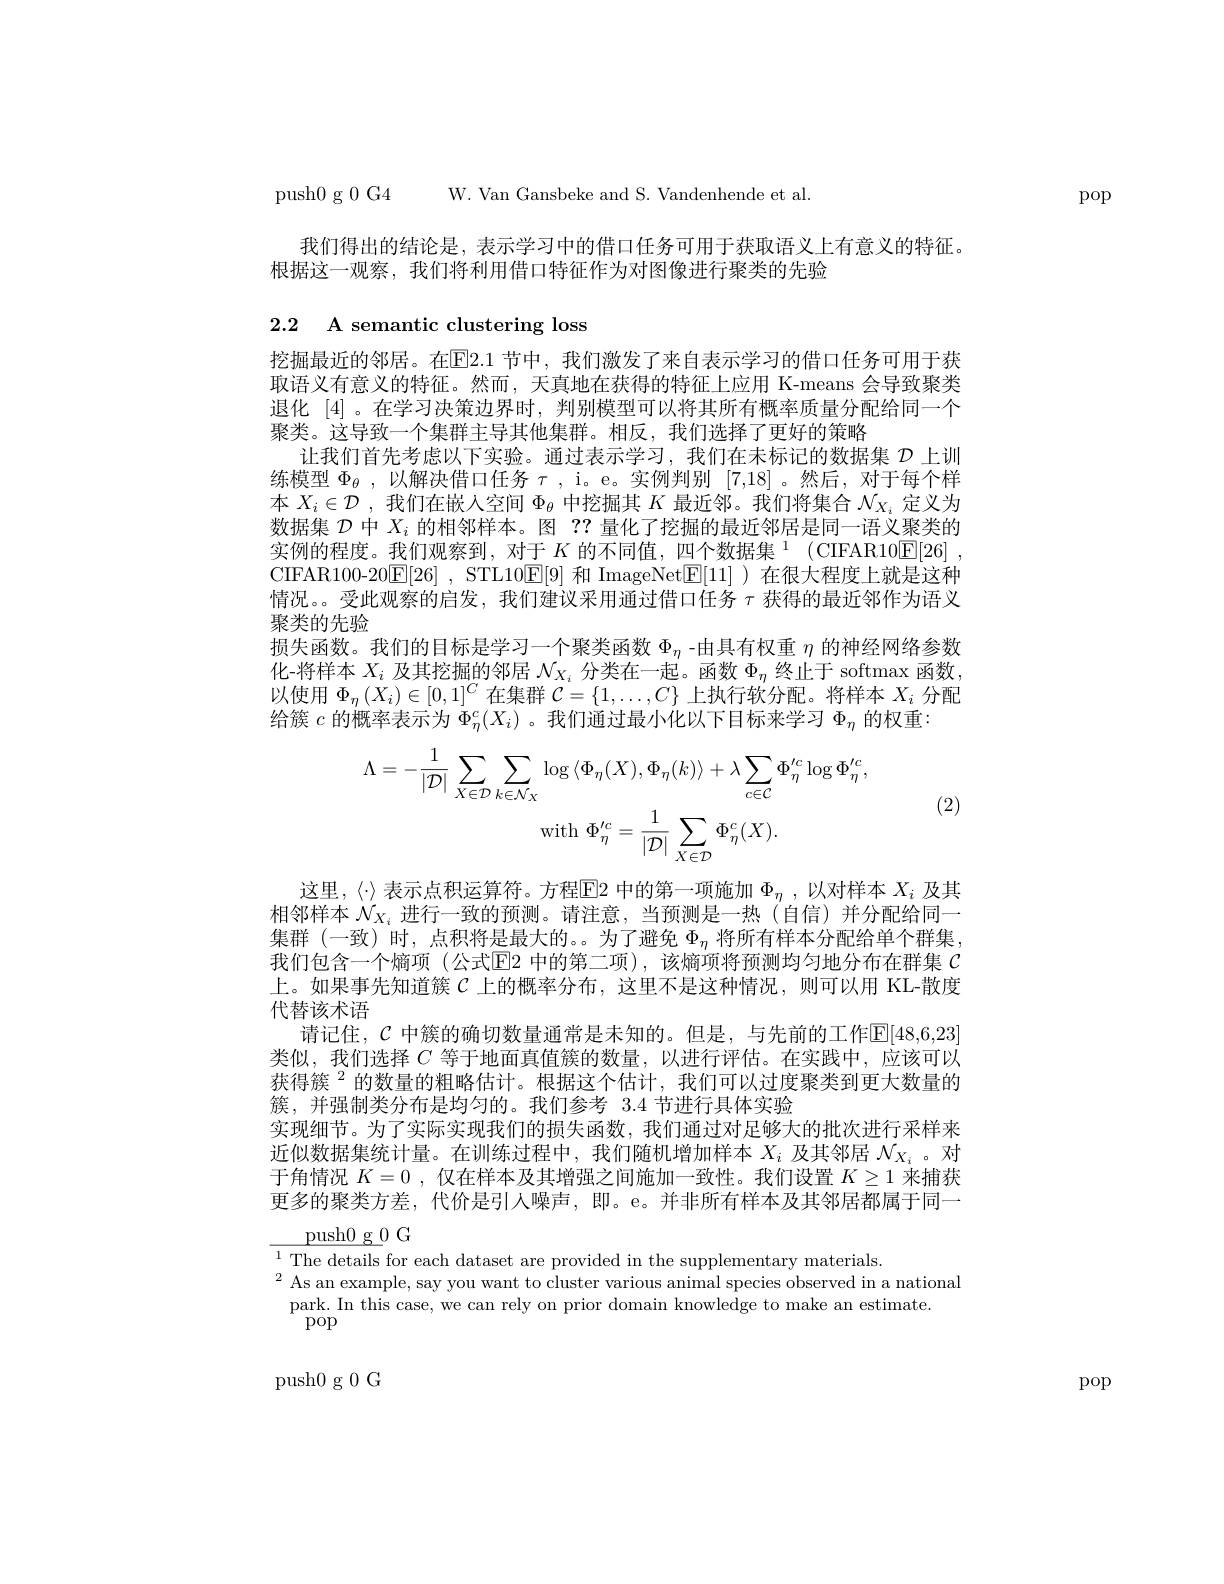
pop

push0 g 0 G4 W. Van Gansbeke and S. Vandenhende et al.

我们得出的结论是，表示学习中的借口任务可用于获取语义上有意义的特征。
根据这一观察，我们将利用借口特征作为对图像进行聚类的先验

2.2 A semantic clustering loss

挖掘最近的邻居。在E2.1 节中，我们激发了来自表示学习的借口任务可用于获取语义有意义的特征。然而，天真地在获得的特征上应用 K-means 会导致聚类退化 [4]。在学习决策边界时，判别模型可以将其所有概率质量分配给同一个聚类。这导致一个集群主导其他集群。相反，我们选择了更好的策略
让我们首先考虑以下实验。通过表示学习，我们在未标记的数据集$\mathcal{D}$上训练模型$\Phi_\theta$,以解决借口任务$\tau$, i。e。实例判别[7,18] 。然后，对于每个样本$X_i\in\mathcal{D}$ ,我们在嵌人空间$\Phi_\theta$中挖掘其$K$最近邻。我们将集合$\mathcal{N}_X_i$定义为数据集$\mathcal{D}$中$X_i$的相邻样本。图？?量化了挖掘的最近邻居是同一语义聚类的实例的程度。我们观察到，对于$K\text{ 的不同值，四个数据集}^{1}($CIFAR10$\boxed{\mathrm{E} }[ 26]$ , CIFAR100-20$\underline{\mathrm{E}}[26]$, STL10$\underline{\mathrm{E}}[9]$和 ImageNet$\underline{\mathrm{E}}[11]$ )在很大程度上就是这种情况。。受此观察的启发，我们建议采用通过借口任务$\tau$获得的最近邻作为语义聚类的先验
损失函数。我们的目标是学习一个聚类函数$\Phi_\mathrm{\eta}$ -由具有权重$\eta$的神经网络参数化-将样本$X_i$及其挖掘的邻居$\mathcal{N}_X_i$分类在一起。函数$\Phi_\eta$终止于 softmax 函数以使用$\Phi_\eta\left(X_i\right)\in[0,1]^C$在集群$\mathcal{C}=\{1,\ldots,C\}$上执行软分配。将样本$X_i$分配给簇$c$的概率表示为$\Phi_\eta^c(X_i)$ 。我们通过最小化以下目标来学习$\Phi_\eta$的权重：

(2)
$$\Lambda=-\frac{1}{|\mathcal{D}|}\sum_{X\in\mathcal{D}}\sum_{k\in\mathcal{N}_{X}}\log\langle\Phi_{\eta}(X),\Phi_{\eta}(k)\rangle+\lambda\sum_{c\in\mathcal{C}}\Phi_{\eta}^{\prime c}\log\Phi_{\eta}^{\prime c},\\\mathrm{with}\:\Phi_{\eta}^{\prime c}=\frac{1}{|\mathcal{D}|}\sum_{X\in\mathcal{D}}\Phi_{\eta}^{c}(X).$$
这里，〈$\cdot〉表示点积运算符。方程▣2 中的第一项施加 Φ_{\eta},以对样本 X_{i} 及其$ 相邻样本$\mathcal{N}_{X_i}$进行一致的预测。请注意，当预测是一热(自信)并分配给同一集群 (一致) 时，点积将是最大的。。为了避免$\Phi_\eta$将所有样本分配给单个群集， 我们包含一个熵项(公式$\overline{\mathrm{E}}$2 中的第二项),该熵项将预测均匀地分布在群集 $\mathcal{C}$ 上。如果事先知道簇$C$ 上的概率分布，这里不是这种情况，则可以用 KL-散度代替该术语
请记住，$\mathcal{C}$ 中簇的确切数量通常是未知的。但是，与先前的工作$\mathbb{E}[48,6,23]$ 类似，我们选择$C$等于地面真值簇的数量，以进行评估。在实践中，应该可以获得簇$^{2}$的数量的粗略估计。根据这个估计，我们可以过度聚类到更大数量的簇，并强制类分布是均匀的。我们参考 3.4 节进行具体实验
实现细节。为了实际实现我们的损失函数，我们通过对足够大的批次进行采样来近似数据集统计量。在训练过程中，我们随机增加样本$X_i$及其邻居$\mathcal{N}_{X_i}$ 。对于角情况$K=0$ ,仅在样本及其增强之间施加一致性。我们设置$K\geq1$来捕获更多的聚类方差，代价是引入噪声，即。e。并非所有样本及其邻居都属于同一

$\underline{\text{push}0\:\text{g }0\:\text{G}}$
$^{1}$The details for each dataset are provided in the supplementary materials.
$^{2}$As an example, say you want to cluster various animal species observed in a national
park. In this case, we can rely on prior domain knowledge to make an estimate
pop

push0g 0G

pop